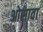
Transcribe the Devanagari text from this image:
ओसावा